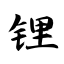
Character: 锂